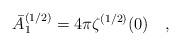
LaTeX: \begin{align*}\bar{A}_1^{(1/2)}=4 \pi \zeta^{(1/2)}(0)~~~,\end{align*}